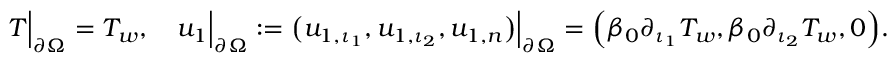
\begin{array} { r } { T \Big | _ { \partial \Omega } = T _ { w } , \quad u _ { 1 } \Big | _ { \partial \Omega } : = \big ( u _ { 1 , \iota _ { 1 } } , u _ { 1 , \iota _ { 2 } } , u _ { 1 , n } \big ) \Big | _ { \partial \Omega } = \Big ( \beta _ { 0 } \partial _ { \iota _ { 1 } } T _ { w } , \beta _ { 0 } \partial _ { \iota _ { 2 } } T _ { w } , 0 \Big ) . } \end{array}